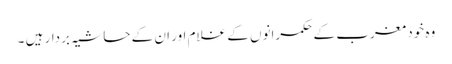
وہ خود مغرب کے حکمرانوں کے غلام اور ان کے حاشیہ بردار ہیں ۔